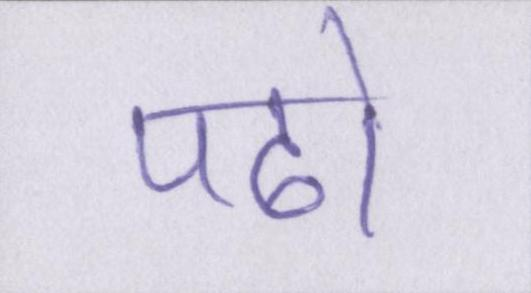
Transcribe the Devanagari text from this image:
पढो